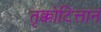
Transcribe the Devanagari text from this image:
तृक्कोटित्तानं